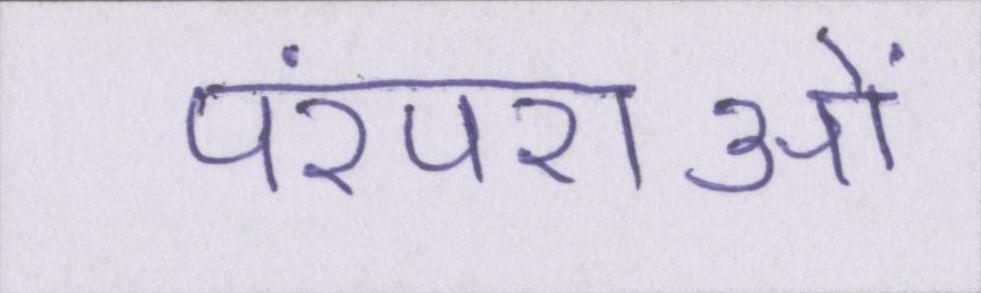
परंपराओं